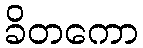
ခိတကော